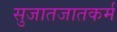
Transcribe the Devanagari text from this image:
सुजातजातकर्म